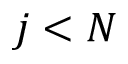
j < N